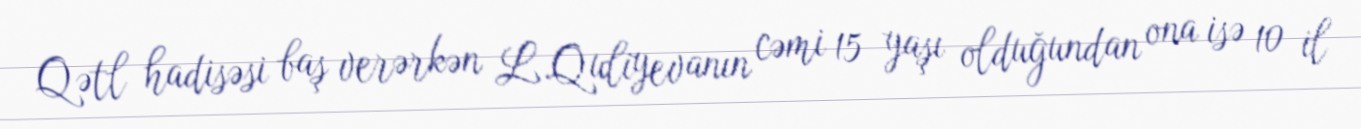
Qətl hadisəsi baş verərkən L.Quliyevanın cəmi 15 yaşı olduğundan ona isə 10 il